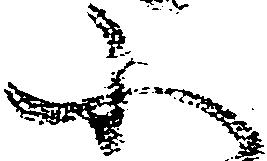
小